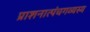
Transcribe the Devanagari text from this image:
प्राशनात्पंचगव्यस्य